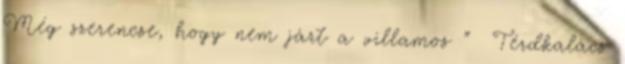
Még szerencse, hogy nem járt a villamos ” Térdkalács